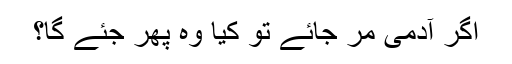
اگر آدمی مر جائے تو کیا وہ پھر جئے گا؟